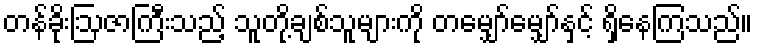
တန်ခိုးဩဇာကြီးသည့် သူတို့ချစ်သူများကို တမျှော်မျှော်နှင့် ရှိနေကြသည်။